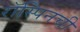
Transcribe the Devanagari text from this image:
रॉस्पिनची